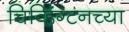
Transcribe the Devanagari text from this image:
चिव्हिंग्टनच्या